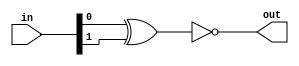

// test_simulation_xnor_1_test.v
module f1_test(input [1:0] in, output out);
assign out = ~(in[0] ^ in[1]);
endmodule

// test_simulation_xnor_2_test.v
module f2_test(input [2:0] in, output out);
assign out = ~(in[0] ^ in[1] ^ in[2]);
endmodule

// test_simulation_xnor_3_test.v
module f3_test(input [3:0] in, output out);
assign out = ~(in[0] ^ in[1] ^ in[2] ^ in[3]);
endmodule

// test_simulation_xnor_4_test.v
module f4_test(input [3:0] in, output out);
xnor myxnor(out, in[0], in[1], in[2], in[3]);
endmodule